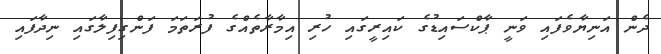
ދެން އަނިޔާވެފައި ވަނީ ޕާކްސައިޑުގެ ކައިރީގައި ހުރި އިމާރާތެއްގެ ފުރަތަމަ ފަންގިފިލާގައި ނިދާފައި